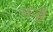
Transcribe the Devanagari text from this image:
नर्‍हे